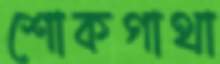
শোকগাথা